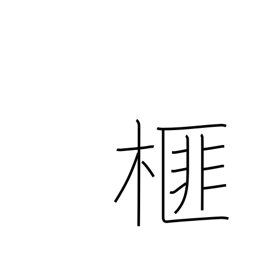
Meaning: Japanese nutmeg